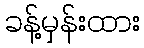
ခန့်မှန်းထား